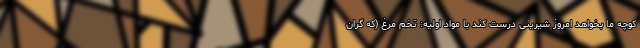
کوچه ما بخواهد امروز شیرینی درست کند با مواد اولیه: تخم مرغ (که گران